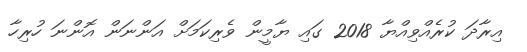
އިރާދަ ކުރެއްވިއްޔާ 2018 ގައި ޔާމީން ވެރިކަމަށް އަންނަން އޮންނަ ހުރިހާ